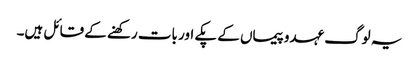
یہ لوگ عہدوپیماں کے پکے اور بات رکھنے کے قائل ہیں۔